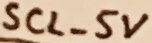
Text: SCL_5V